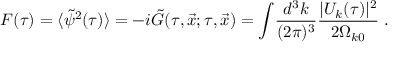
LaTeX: { \cal F } ( \tau ) = \langle \tilde { \psi } ^ { 2 } ( \tau ) \rangle = - i \tilde { G } ( \tau , \vec { x } ; \tau , \vec { x } ) = \int \! \frac { d ^ { 3 } k } { ( 2 \pi ) ^ { 3 } } \frac { | U _ { k } ( \tau ) | ^ { 2 } } { 2 \Omega _ { k 0 } } \; .